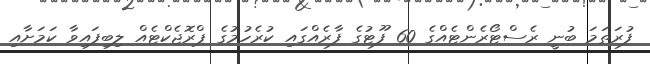
ފުރަތަމަ ބުނީ ރެސްޓޯރެންޓެއްގެ 60 ފޫޓުގެ ފާރެއްގައި ކުރެހުމުގެ ޕްރޮޖެކްޓެއް ލިބިފައިވާ ކަމަށާއި